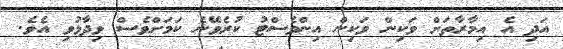
އަދި އެ އިމާރާތަށް ވަކިން ވަކިން އިންވެސްޓު ކުރެވޭނެ ކަމަށްވެސް ވިދާޅުވި އެވެ.